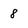
Character: 8